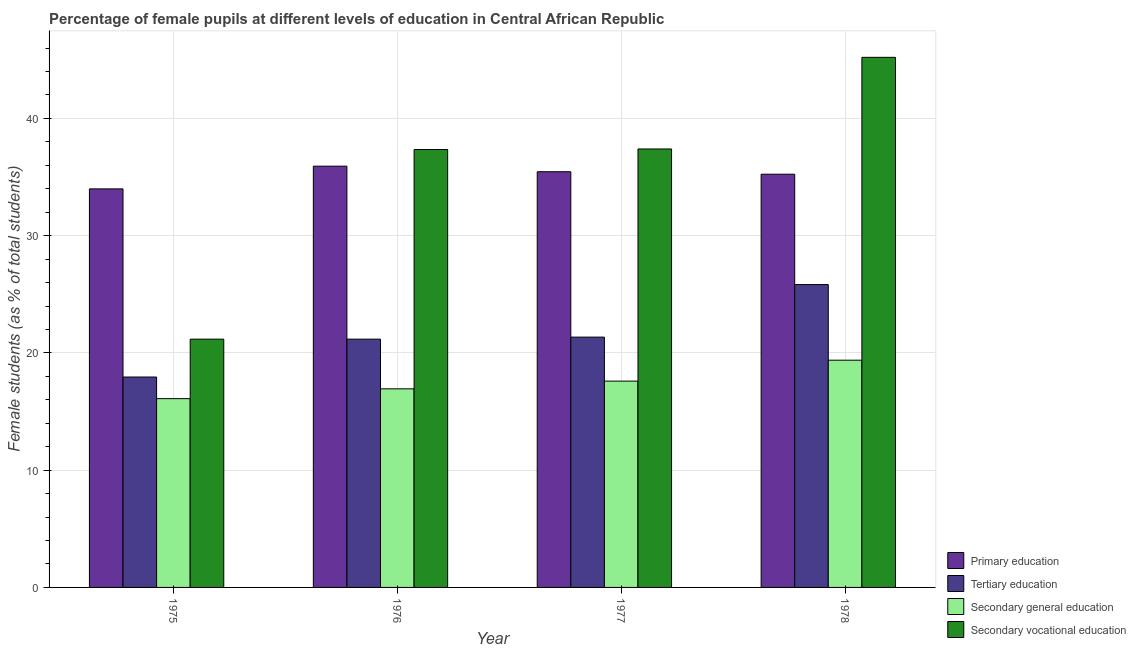
| Year | Primary education | Tertiary education | Secondary general education | Secondary vocational education |
 | --- | --- | --- | --- | --- |
 | 1975 | 34 | 17.9 | 16.1 | 21.2 |
 | 1976 | 35.9 | 21.2 | 16.9 | 37.3 |
 | 1977 | 35.5 | 21.3 | 17.6 | 37.4 |
 | 1978 | 35.2 | 25.8 | 19.4 | 45.2 |